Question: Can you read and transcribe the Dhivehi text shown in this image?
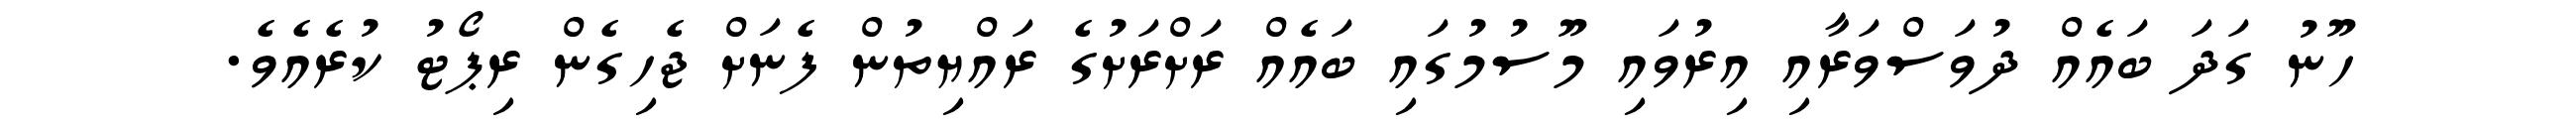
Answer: ހޫނު ގަދަ ބައެއް ދުވަސްވަރާއި އިރުވައި މޫސުމުގައި ބައެއް ރަށްރަށުގެ ރައްޔިތުން ފެނަށް ޖެހިގެން ރިޕޯޓު ކުރެއެވެ.